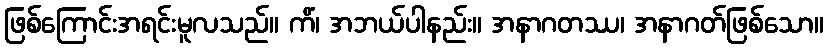
ဖြစ်ကြောင်းအရင်းမူလသည်။ ကိံ၊ အဘယ်ပါနည်း။ အနာဂတဿ၊ အနာဂတ်ဖြစ်သော။